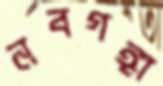
নবগঙ্গা